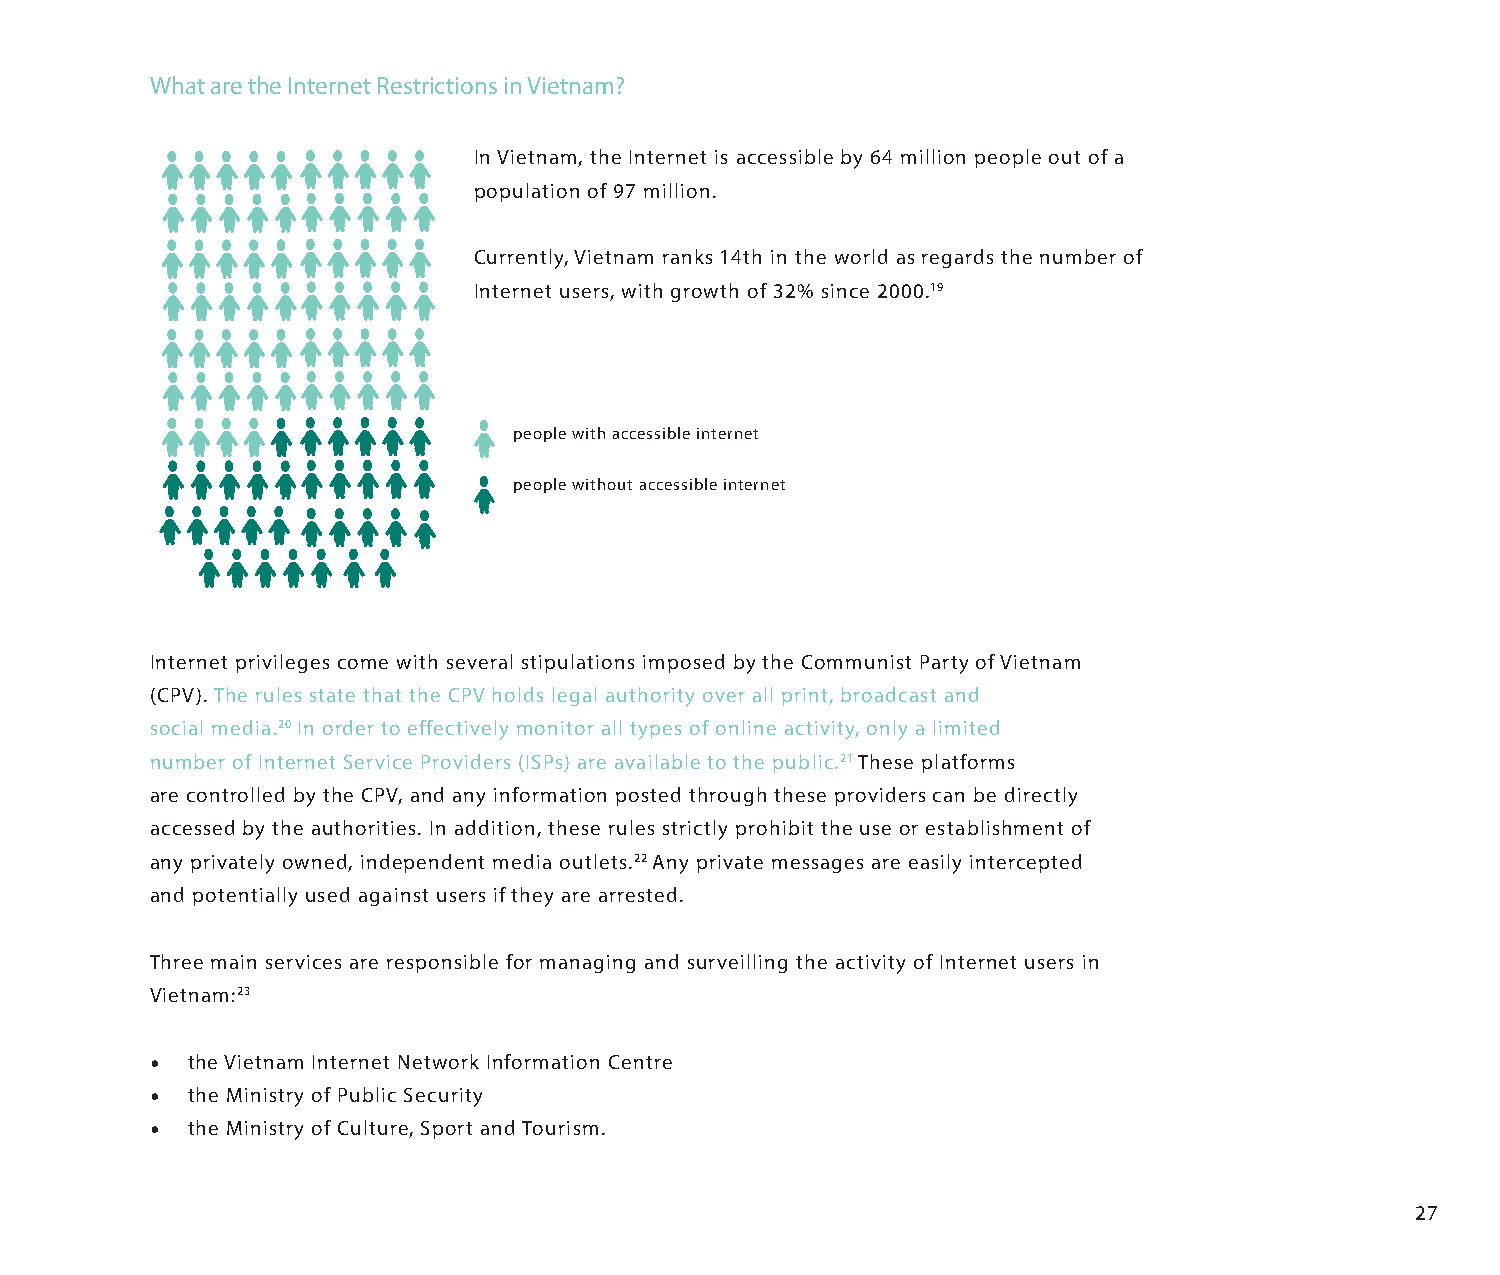
What are the Internet Restrictions in Vietnam?
 In Vietnam, the Internet is accessible by 64 million people out of a
 population of 97 million.
 Currently, Vietnam ranks 14th in the world as regards the number of
 Internet users, with growth of 32% since 2000.19
 people with accessible internet
 people without accessible internet
 Internet privileges come with several stipulations imposed by the Communist Party of Vietnam
 (CPV). The rules state that the CPV holds legal authority over all print, broadcast and
 social media.20 In order to effectively monitor all types of online activity, only a limited
 number of Internet Service Providers (ISPs) are available to the public.21 These platforms
 are controlled by the CPV, and any information posted through these providers can be directly
 accessed by the authorities. In addition, these rules strictly prohibit the use or establishment of
 any privately owned, independent media outlets.22 Any private messages are easily intercepted
 and potentially used against users if they are arrested.
 Three main services are responsible for managing and surveilling the activity of Internet users in
 Vietnam:23
 • the Vietnam Internet Network Information Centre
 • the Ministry of Public Security
 • the Ministry of Culture, Sport and Tourism.
 27